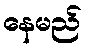
နေမည်